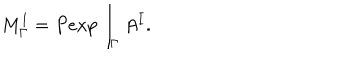
M _ { \Gamma } ^ { I } = P e x p \int _ { \Gamma } A ^ { I } .